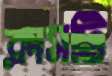
ক্লাসটি